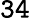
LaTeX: \mathtt{34}